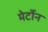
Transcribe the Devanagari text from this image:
मेर्टोन